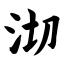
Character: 沏